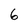
Character: 6